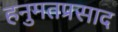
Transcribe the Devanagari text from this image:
हनुमतप्रसाद